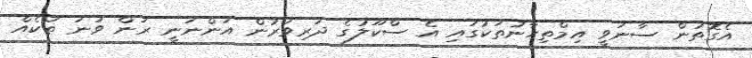
އެގޮތުން ސާނަވީ އިމްތިހާނުތަކުގައި އެ ސްކޫލުގެ ދަރިވަރުން އަންނަނީ ރަން ވަނަ ތަކެއް